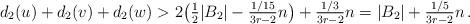
LaTeX: \begin{align*}d_2(u)+d_2(v)+d_2(w) > 2\bigl(\tfrac12 |B_2|-\tfrac{1/15}{3r-2}n\bigr)+\tfrac{1/3}{3r-2}n= |B_2|+\tfrac{1/5}{3r-2}n\,.\end{align*}